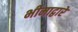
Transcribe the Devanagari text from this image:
भीमाद्वारे